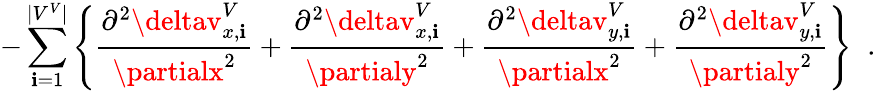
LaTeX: -\sum_{\mathbf{i}=1}^{|V^{V}|}\left\{ \frac{{\partial^{2}\deltav_{x,\mathbf{i}}^{V}}}{{\partialx^{2}}}+\frac{{\partial^{2}\deltav_{x,\mathbf{i}}^{V}}}{{\partialy^{2}}}+\frac{{\partial^{2}\deltav_{y,\mathbf{i}}^{V}}}{{\partialx^{2}}}+\frac{{\partial^{2}\deltav_{y,\mathbf{i}}^{V}}}{{\partialy^{2}}}\right\} \; \; .